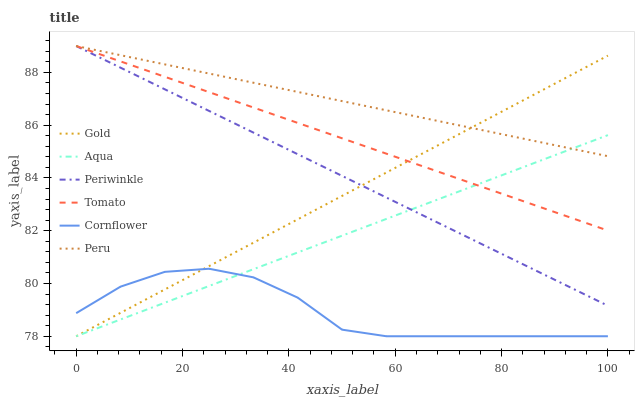
| xaxis_label | Gold | Aqua | Periwinkle | Tomato | Cornflower | Peru |
 | --- | --- | --- | --- | --- | --- | --- |
 | 0 | 78 | 78 | 89 | 89 | 78.9 | 89 |
 | 8.33 | 78.9 | 78.6 | 88.2 | 88.4 | 79.9 | 88.7 |
 | 16.7 | 79.8 | 79.3 | 87.4 | 87.8 | 80.4 | 88.3 |
 | 25 | 80.7 | 79.9 | 86.5 | 87.3 | 80.6 | 88 |
 | 33.3 | 81.5 | 80.5 | 85.7 | 86.7 | 80.2 | 87.6 |
 | 41.7 | 82.4 | 81.2 | 84.9 | 86.1 | 79.5 | 87.3 |
 | 50 | 83.3 | 81.8 | 84.1 | 85.5 | 78.2 | 86.9 |
 | 58.3 | 84.2 | 82.4 | 83.3 | 84.9 | 78 | 86.6 |
 | 66.7 | 85.1 | 83.1 | 82.4 | 84.3 | 78 | 86.2 |
 | 75 | 86 | 83.7 | 81.6 | 83.8 | 78 | 85.9 |
 | 83.3 | 86.9 | 84.4 | 80.8 | 83.2 | 78 | 85.5 |
 | 91.7 | 87.7 | 85 | 80 | 82.6 | 78 | 85.2 |
 | 100 | 88.6 | 85.6 | 79.2 | 82 | 78 | 84.8 |